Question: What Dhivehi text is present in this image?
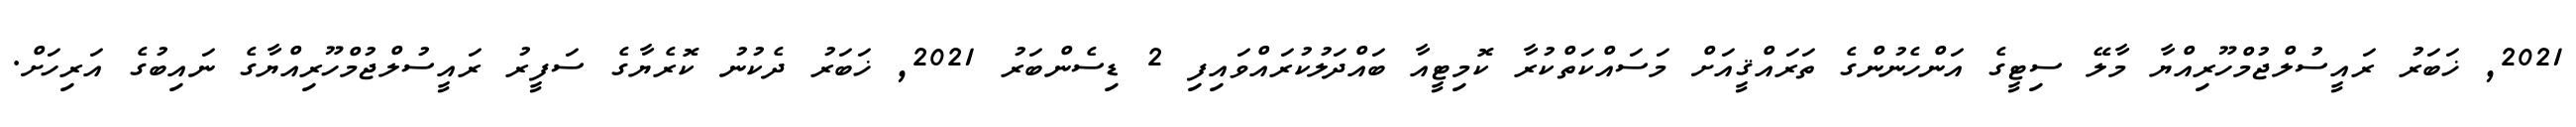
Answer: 2021, ޚަބަރު ރައީސުލްޖުމްހޫރިއްޔާ މާލޭ ސިޓީގެ އަންހެނުންގެ ތަރައްޤީއަށް މަސައްކަތްކުރާ ކޮމިޓީއާ ބައްދަލުކުރައްވައިފި 2 ޑިސެންބަރު 2021, ޚަބަރު ދެކުނު ކޮރެޔާގެ ސަފީރު ރައީސުލްޖުމްހޫރިއްޔާގެ ނައިބުގެ އަރިހަށް.